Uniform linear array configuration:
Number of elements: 4
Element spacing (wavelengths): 0.75
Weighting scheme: exponential
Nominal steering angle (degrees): -15
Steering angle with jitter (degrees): -16.541
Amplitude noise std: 0.05
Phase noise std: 0.05

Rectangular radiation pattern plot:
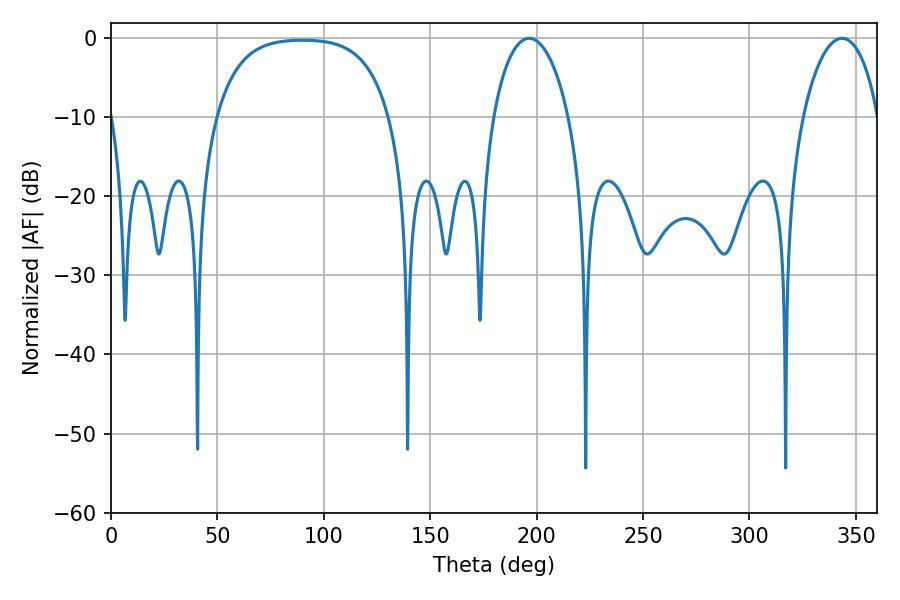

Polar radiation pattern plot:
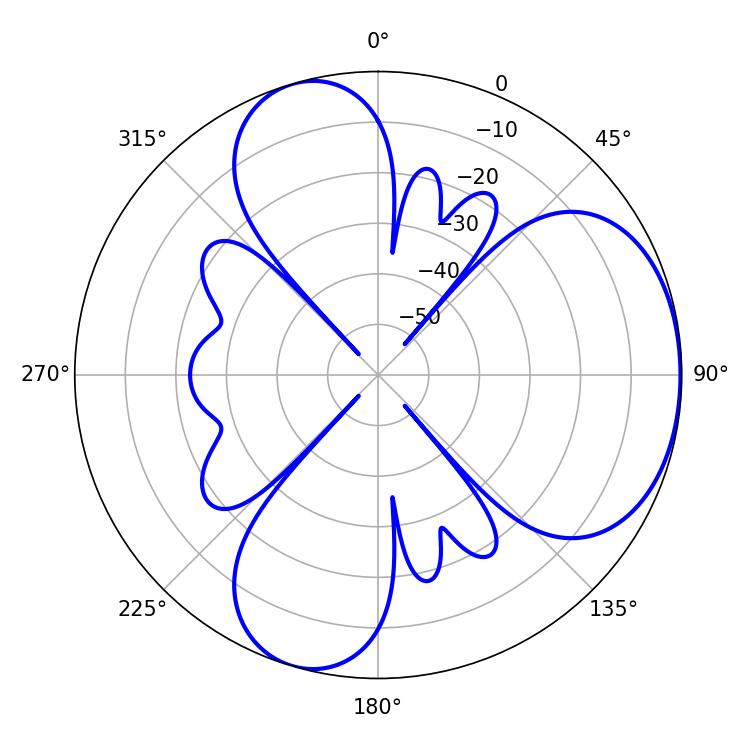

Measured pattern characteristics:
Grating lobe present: TRUE
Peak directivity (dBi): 4.756
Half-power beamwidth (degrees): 20.16
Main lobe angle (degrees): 196.56